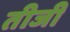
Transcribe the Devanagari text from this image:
तीजी